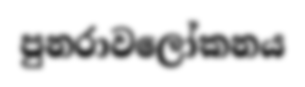
පුනරාවලෝකනය